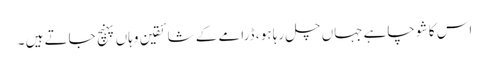
اس کا شو چاہے جہاں چل رہا ہو ، ڈرامے کے شائقین وہاں پہنچ جاتے ہیں ۔